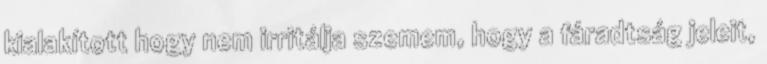
kialakított hogy nem irritálja szemem, hogy a fáradtság jeleit,